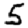
Digit: 5